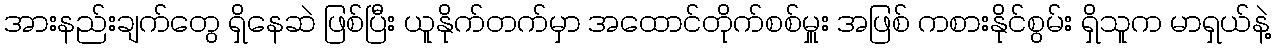
အားနည်းချက်တွေ ရှိနေဆဲ ဖြစ်ပြီး ယူနိုက်တက်မှာ အထောင်တိုက်စစ်မှူး အဖြစ် ကစားနိုင်စွမ်း ရှိသူက မာရှယ်နဲ့